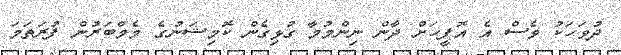
ދުވަހަކު ވެސް އެ އޮފީހަށް ދާން ނިންމުމާ ގުޅިގެން ކޮމިޝަނުގެ މެމްބަރުން ފުރަތަމަ